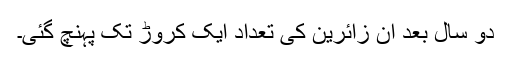
دو سال بعد ان زائرین کی تعداد ایک کروڑ تک پہنچ گئی۔